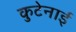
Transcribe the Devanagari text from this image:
कुटेनाई